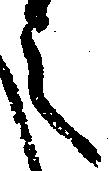
之